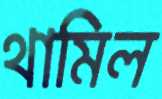
থামিল